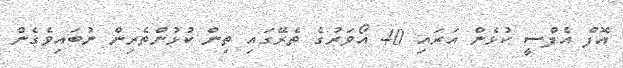
އޮފް އެފްސީ ކުޅެން އަރައި 40 އޯވަރުގެ ތެރޭގަައި ތިން ކުޅުންތެރިން ނުބައިވެގެން